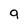
Character: 9